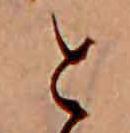
と